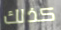
كذلك